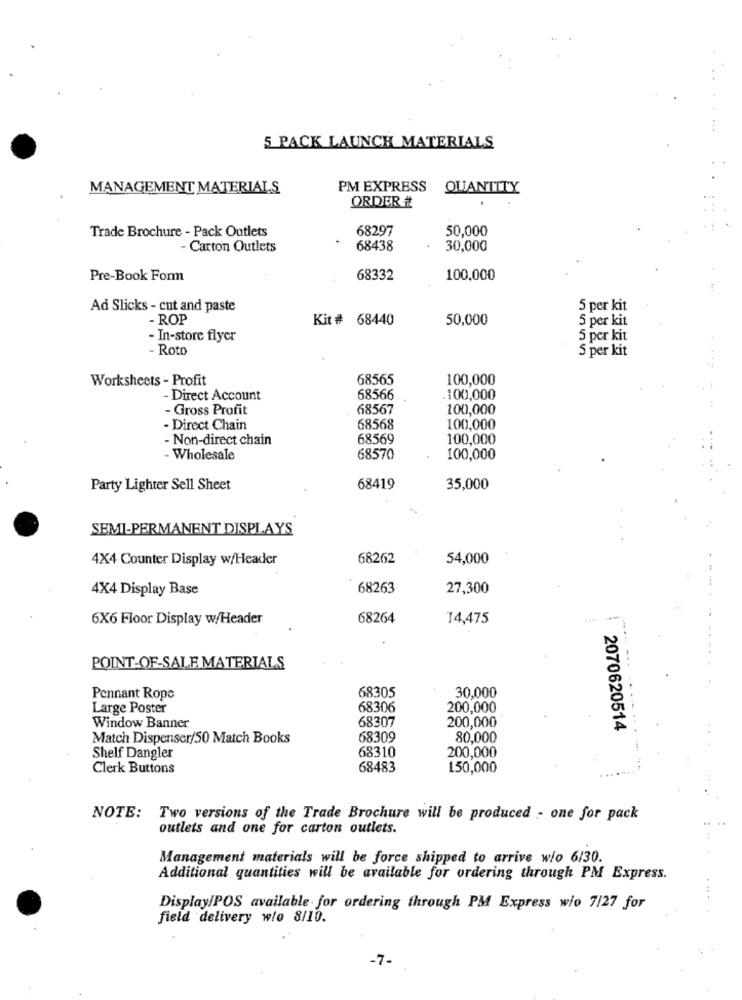
5 PACK LAUNCH MATERIALS
MANAGEMENT MATERIALS
PM EXPRESS
QUANTITY
ORDER #
Trade Brochure - Pack Outlets
68297
50,000
Carton Outlets
68438
30,000
Pre-Book Form
68332
100,000
Ad Slicks - cut and paste
5 per kit
- ROP
Kit # 68440
50,000
5 per kit
- In-store flyer
5 per kit
- Roto
5 per kit
Worksheets - Profit
68565
100,000
- Direct Account
68566
100,000
- Gross Profit
68567
100,000
- Direct Chain
58568
100,000
- Non-direct chain
68569
100,000
Wholesale
68570
100,000
Party Lighter Sell Sheet
68419
35,000
SEMI-PERMANENT DISPLAYS
4X4 Counter Display w/Header
68262
54,000
4X4 Display Base
68263
27,300
6X6 Floor Display w/Header
68264
14,475
POINT-OF-SALE MATERIALS
30,000
Pennant Rope
68305
Large Poster
68306
200,000
68307
Window Banner
200,000
2070620514
Match Dispenser/50 Match Books
68309
80,000
68310
200,000
Shelf Dangler
Clerk Buttons
68483
150,000
NOTE: Two versions of the Trade Brochure will be produced - one for pack
outlets and one for carton outlets.
Management materials will be force shipped to arrive wio 6/30.
Additional quantities will be available for ordering through PM Express.
Display/POS available for ordering through PM Express wio 7/27 for
field delivery wlo 8/10.
-7-